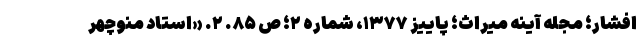
افشار؛ مجله آینه میراث؛ پاییز ۱۳۷۷، شماره ۲؛ ص ۸۵. ۲. «استاد منوچهر